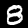
Label: 8